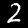
Digit: 2